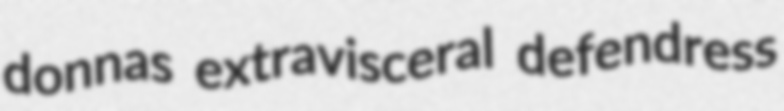
donnas extravisceral defendress